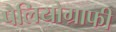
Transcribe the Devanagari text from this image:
पैलियोग्राफी